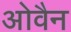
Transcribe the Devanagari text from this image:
ओवैन